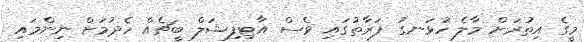
މީގެ އިތުރަށް މާލެ ހުޅަނގު ފަރާތުގައި ވެސް އާޓިފިޝަލް ބީޗެއް ހެދުމަށް ނިންމައި